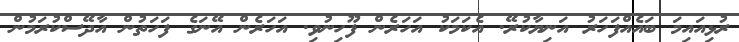
ރުޅިއައިމަ ބައެއްފަހަރު އަނިޔާކުރޭ. އެކަމަކު އަހަރެން ފޫހިނުވި. އަހަރެން އޭނަގެ ފަހަތުން އާދޭސްކުރަމުން